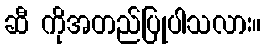
ဆီ ကိုအတည်ပြုပါသလား။